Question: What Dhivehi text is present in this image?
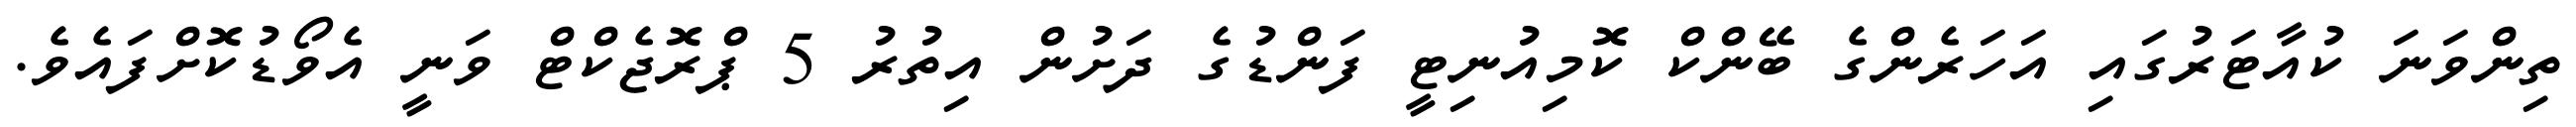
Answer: ތިންވަނަ ކުއާޓަރުގައި އަހަރެންގެ ބޭންކް ކޮމިއުނިޓީ ފަންޑުގެ ދަށުން އިތުރު 5 ޕްރޮޖެކްޓް ވަނީ އެވޯޑުކޮށްފައެވެ.